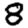
Digit: 8